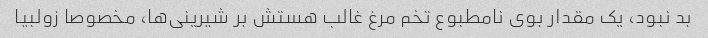
بد نبود، یک مقدار بوی نامطبوع تخم مرغ غالب هستش بر شیرینی‌ها، مخصوصا زولبیا